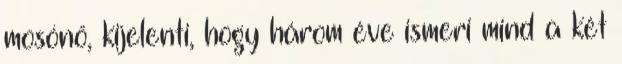
mosónő, kijelenti, hogy három éve ismeri mind a két